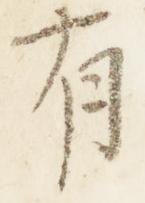
有